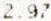
2.97